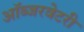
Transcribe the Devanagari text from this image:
ऑब्जरवेटरी